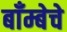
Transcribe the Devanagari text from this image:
बाँम्बेचे